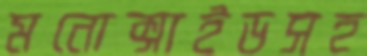
মনোক্সাইডসহ